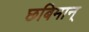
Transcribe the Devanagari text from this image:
छबिमान्